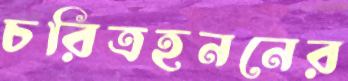
চরিত্রহননের